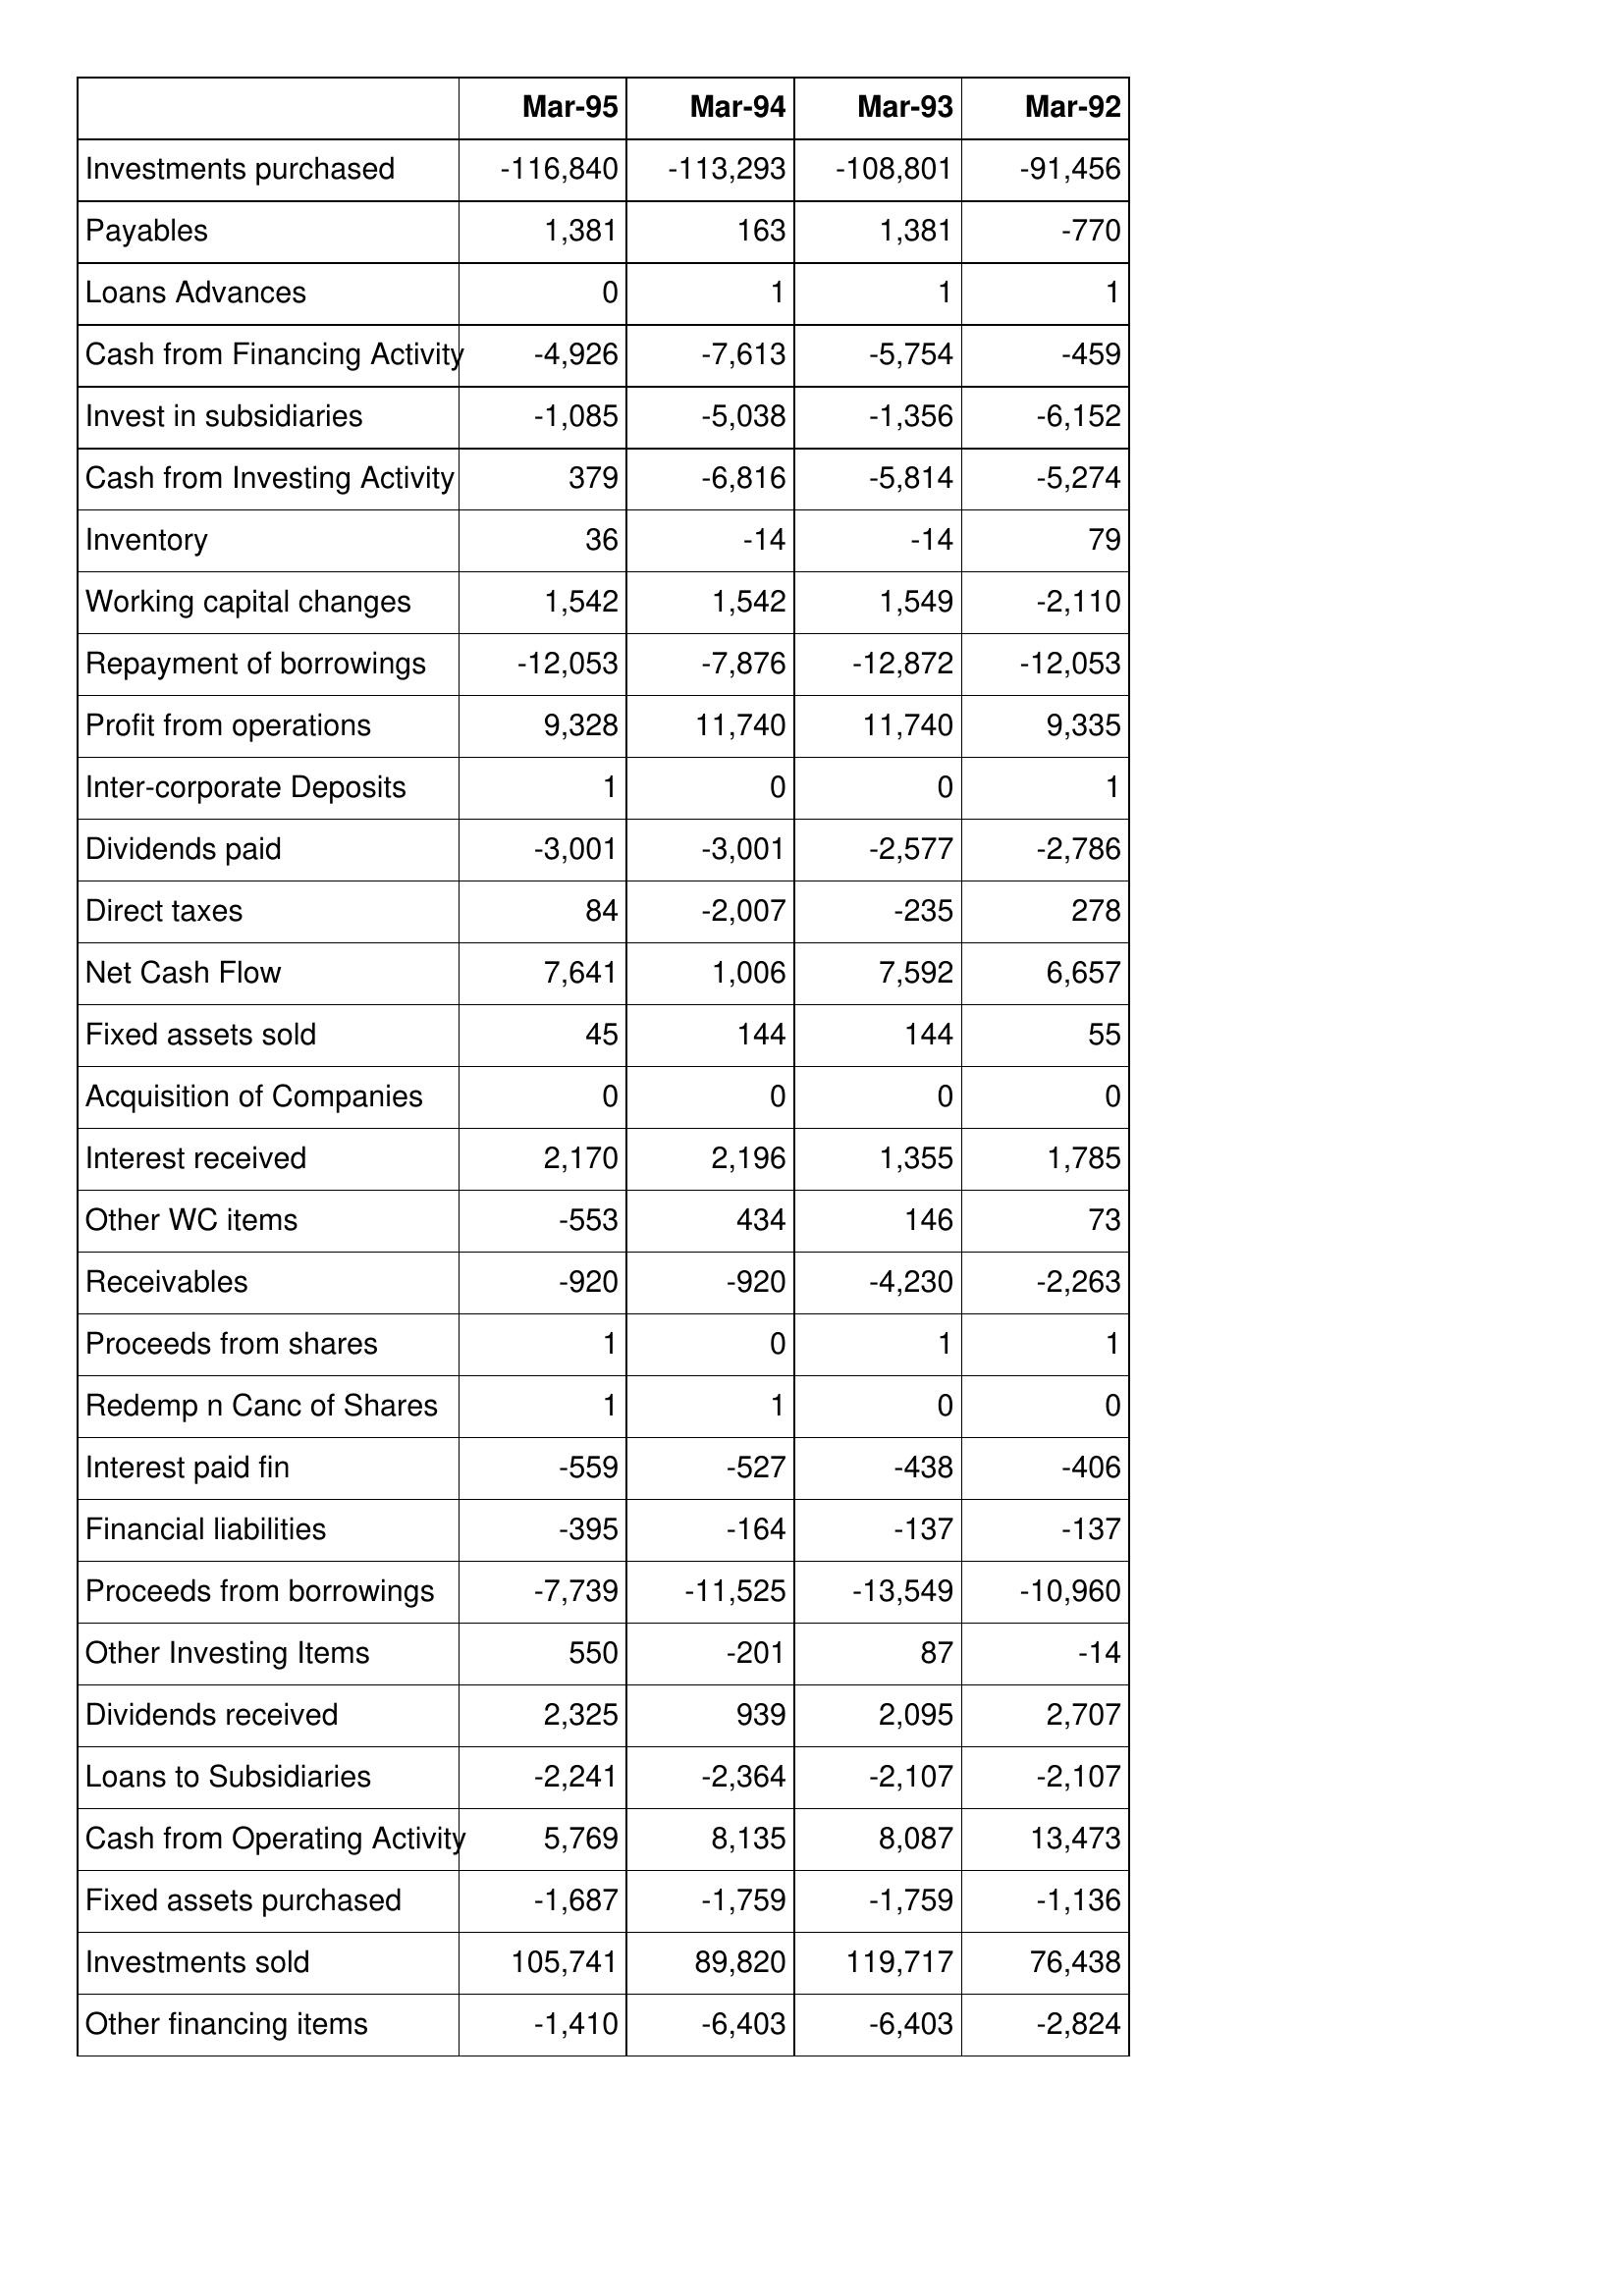
Mar-95: Cash Flows: Investments purchased: -116,840
Payables: 1,381
Loans Advances: 0
Cash from Financing Activity: -4,926
Invest in subsidiaries: -1,085
Cash from Investing Activity: 379
Inventory: 36
Working capital changes: 1,542
Repayment of borrowings: -12,053
Profit from operations: 9,328
Inter-corporate Deposits: 1
Dividends paid: -3,001
Direct taxes: 84
Net Cash Flow: 7,641
Fixed assets sold: 45
Acquisition of Companies: 0
Interest received: 2,170
Other WC items: -553
Receivables: -920
Proceeds from shares: 1
Redemp n Canc of Shares: 1
Interest paid fin: -559
Financial liabilities: -395
Proceeds from borrowings: -7,739
Other Investing Items: 550
Dividends received: 2,325
Loans to Subsidiaries: -2,241
Cash from Operating Activity: 5,769
Fixed assets purchased: -1,687
Investments sold: 105,741
Other financing items: -1,410
Mar-94: Cash Flows: Investments purchased: -113,293
Payables: 163
Loans Advances: 1
Cash from Financing Activity: -7,613
Invest in subsidiaries: -5,038
Cash from Investing Activity: -6,816
Inventory: -14
Working capital changes: 1,542
Repayment of borrowings: -7,876
Profit from operations: 11,740
Inter-corporate Deposits: 0
Dividends paid: -3,001
Direct taxes: -2,007
Net Cash Flow: 1,006
Fixed assets sold: 144
Acquisition of Companies: 0
Interest received: 2,196
Other WC items: 434
Receivables: -920
Proceeds from shares: 0
Redemp n Canc of Shares: 1
Interest paid fin: -527
Financial liabilities: -164
Proceeds from borrowings: -11,525
Other Investing Items: -201
Dividends received: 939
Loans to Subsidiaries: -2,364
Cash from Operating Activity: 8,135
Fixed assets purchased: -1,759
Investments sold: 89,820
Other financing items: -6,403
Mar-93: Cash Flows: Investments purchased: -108,801
Payables: 1,381
Loans Advances: 1
Cash from Financing Activity: -5,754
Invest in subsidiaries: -1,356
Cash from Investing Activity: -5,814
Inventory: -14
Working capital changes: 1,549
Repayment of borrowings: -12,872
Profit from operations: 11,740
Inter-corporate Deposits: 0
Dividends paid: -2,577
Direct taxes: -235
Net Cash Flow: 7,592
Fixed assets sold: 144
Acquisition of Companies: 0
Interest received: 1,355
Other WC items: 146
Receivables: -4,230
Proceeds from shares: 1
Redemp n Canc of Shares: 0
Interest paid fin: -438
Financial liabilities: -137
Proceeds from borrowings: -13,549
Other Investing Items: 87
Dividends received: 2,095
Loans to Subsidiaries: -2,107
Cash from Operating Activity: 8,087
Fixed assets purchased: -1,759
Investments sold: 119,717
Other financing items: -6,403
Mar-92: Cash Flows: Investments purchased: -91,456
Payables: -770
Loans Advances: 1
Cash from Financing Activity: -459
Invest in subsidiaries: -6,152
Cash from Investing Activity: -5,274
Inventory: 79
Working capital changes: -2,110
Repayment of borrowings: -12,053
Profit from operations: 9,335
Inter-corporate Deposits: 1
Dividends paid: -2,786
Direct taxes: 278
Net Cash Flow: 6,657
Fixed assets sold: 55
Acquisition of Companies: 0
Interest received: 1,785
Other WC items: 73
Receivables: -2,263
Proceeds from shares: 1
Redemp n Canc of Shares: 0
Interest paid fin: -406
Financial liabilities: -137
Proceeds from borrowings: -10,960
Other Investing Items: -14
Dividends received: 2,707
Loans to Subsidiaries: -2,107
Cash from Operating Activity: 13,473
Fixed assets purchased: -1,136
Investments sold: 76,438
Other financing items: -2,824